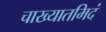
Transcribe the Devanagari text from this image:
चाख्यातमिदं